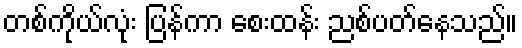
တစ်ကိုယ်လုံး ပြန်ကာ စေးထန်း ညစ်ပတ်နေသည်။